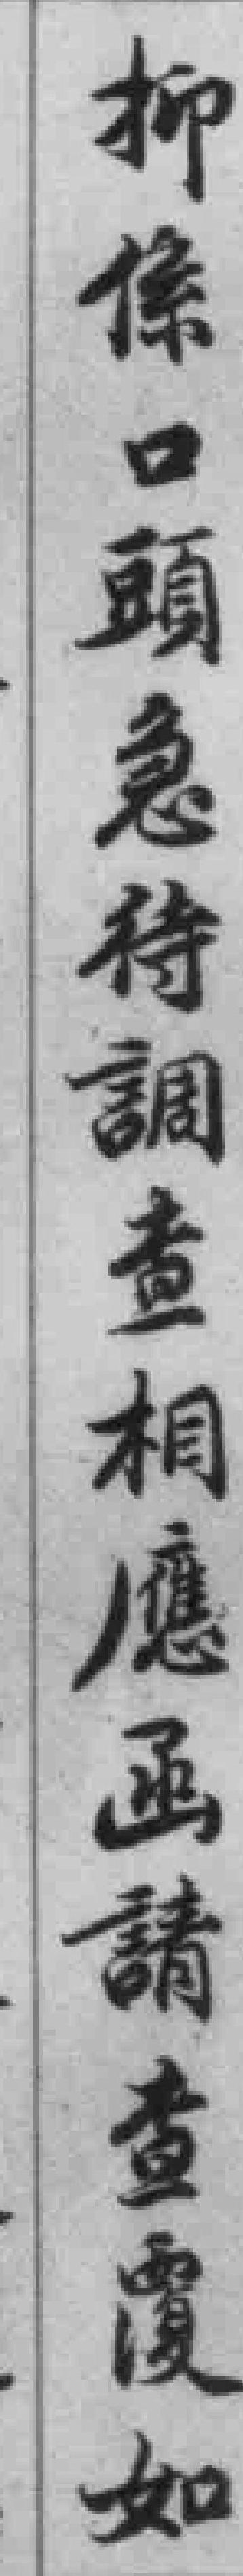
抑係口頭急待調查相應函請查覆如